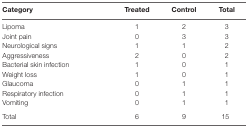
<table><thead><tr><td><b>Category</b></td><td><b>Treated</b></td><td><b>Control</b></td><td><b>Total</b></td></tr></thead><tbody><tr><td>Lipoma</td><td>1</td><td>2</td><td>3</td></tr><tr><td>Joint pain</td><td>0</td><td>3</td><td>3</td></tr><tr><td>Neurological signs</td><td>1</td><td>1</td><td>2</td></tr><tr><td>Aggressiveness</td><td>2</td><td>0</td><td>2</td></tr><tr><td>Bacterial skin infection</td><td>1</td><td>0</td><td>1</td></tr><tr><td>Weight loss</td><td>1</td><td>0</td><td>1</td></tr><tr><td>Glaucoma</td><td>0</td><td>1</td><td>1</td></tr><tr><td>Respiratory infection</td><td>0</td><td>1</td><td>1</td></tr><tr><td>Vomiting</td><td>0</td><td>1</td><td>1</td></tr><tr><td>Total</td><td>6</td><td>9</td><td>15</td></tr></tbody></table>